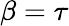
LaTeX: \beta=\tau